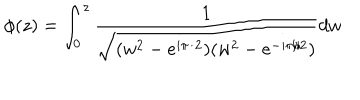
\phi ( z ) = \int _ { 0 } ^ { z } \frac 1 { \sqrt { ( w ^ { 2 } - e ^ { i \pi / 2 } ) ( w ^ { 2 } - e ^ { - i \pi / 2 } ) } } d w